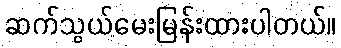
ဆက်သွယ်မေးမြန်းထားပါတယ်။